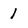
Character: 1